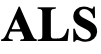
ALS